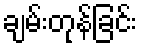
ချမ်းတုန်ခြင်း